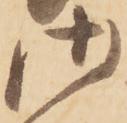
御